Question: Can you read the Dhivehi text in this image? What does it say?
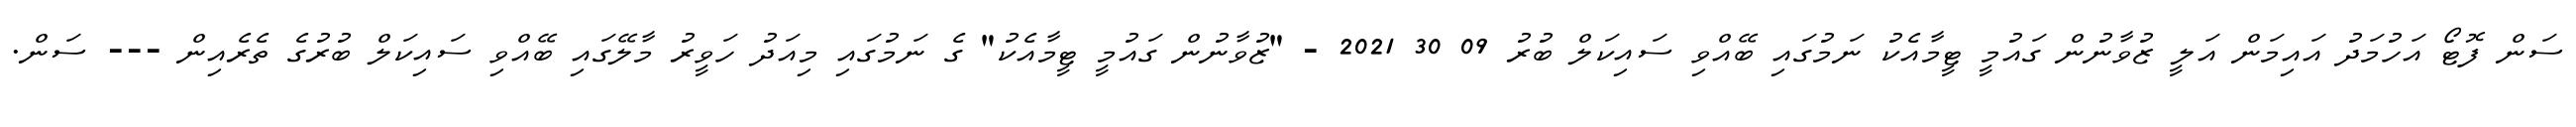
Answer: ސަން ފޮޓޯ އަހުމަދު އައިމަން އަލީ ޒުވާނުން ގައުމީ ޓީމާއެކު ނަމުގައި ބޭއްވި ސައިކަލް ބުރު 09 30 2021 - "ޒުވާނުން ގައުމީ ޓީމާއެކު" ގެ ނަމުގައި މިއަދު ހަވީރު މާލޭގައި ބޭއްވި ސައިކަލް ބުރުގެ ތެރެއިން --- ސަން.